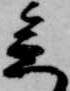
参